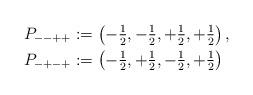
LaTeX: \begin{align*} P_{--++} &:= \left( -\tfrac{1}{2}, -\tfrac{1}{2}, +\tfrac{1}{2}, +\tfrac{1}{2} \right), \\ P_{-+-+} &:= \left( -\tfrac{1}{2}, +\tfrac{1}{2}, -\tfrac{1}{2}, +\tfrac{1}{2} \right)\end{align*}